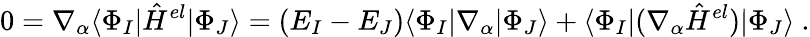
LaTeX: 0=\nabla_{\alpha}\langle\Phi_{I}|\hat{H}^{el}|\Phi_{J}\rangle=(E_{I}-E_{J})\langle\Phi_{I}|\nabla_{\alpha}|\Phi_{J}\rangle+\langle\Phi_{I}|(\nabla_{\alpha}\hat{H}^{el})|\Phi_{J}\rangle~.